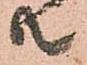
共